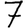
Digit: 7